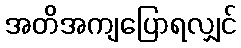
အတိအကျပြောရလျှင်